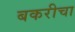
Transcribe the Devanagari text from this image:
बकरीचा